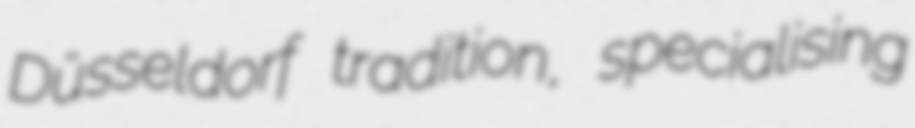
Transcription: Düsseldorf tradition, specialising